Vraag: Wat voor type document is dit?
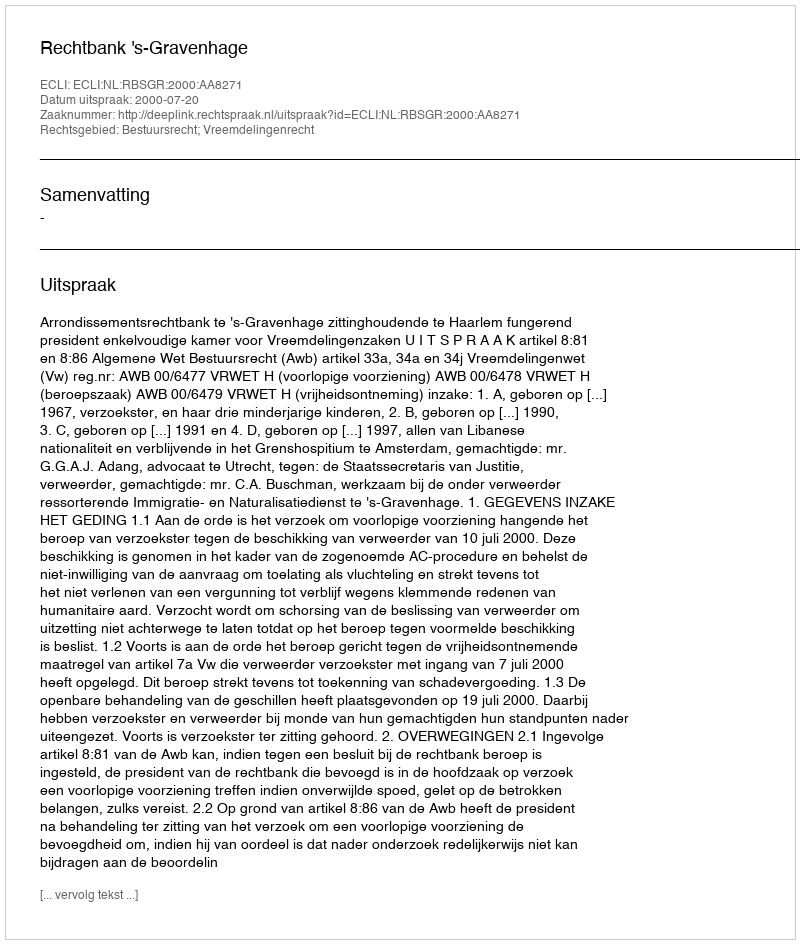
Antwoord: Uitspraak